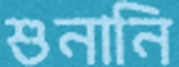
শুনানি